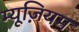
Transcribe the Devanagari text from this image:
म्‍यूज़ियम